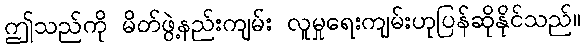
ဤသည်ကို မိတ်ဖွဲ့နည်းကျမ်း လူမှုရေးကျမ်းဟုပြန်ဆိုနိုင်သည်။